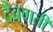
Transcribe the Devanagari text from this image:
दैवगती